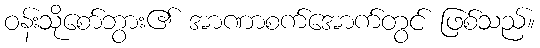
ဝန်းသိုစော်ဘွား၏ အာဏာစက်အောက်တွင် ဖြစ်သည်။